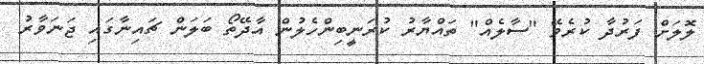
ލޮލަށް ފަރުދާ ކުރެވޭ "ސާލެއް" ތައްޔާރު ކުރަނީބިންހެލުން އާދޭތޯ ބަލަން ޗައިނާގައި ޖަނަވާރު